Trukikaitis_Postimees, lk 189
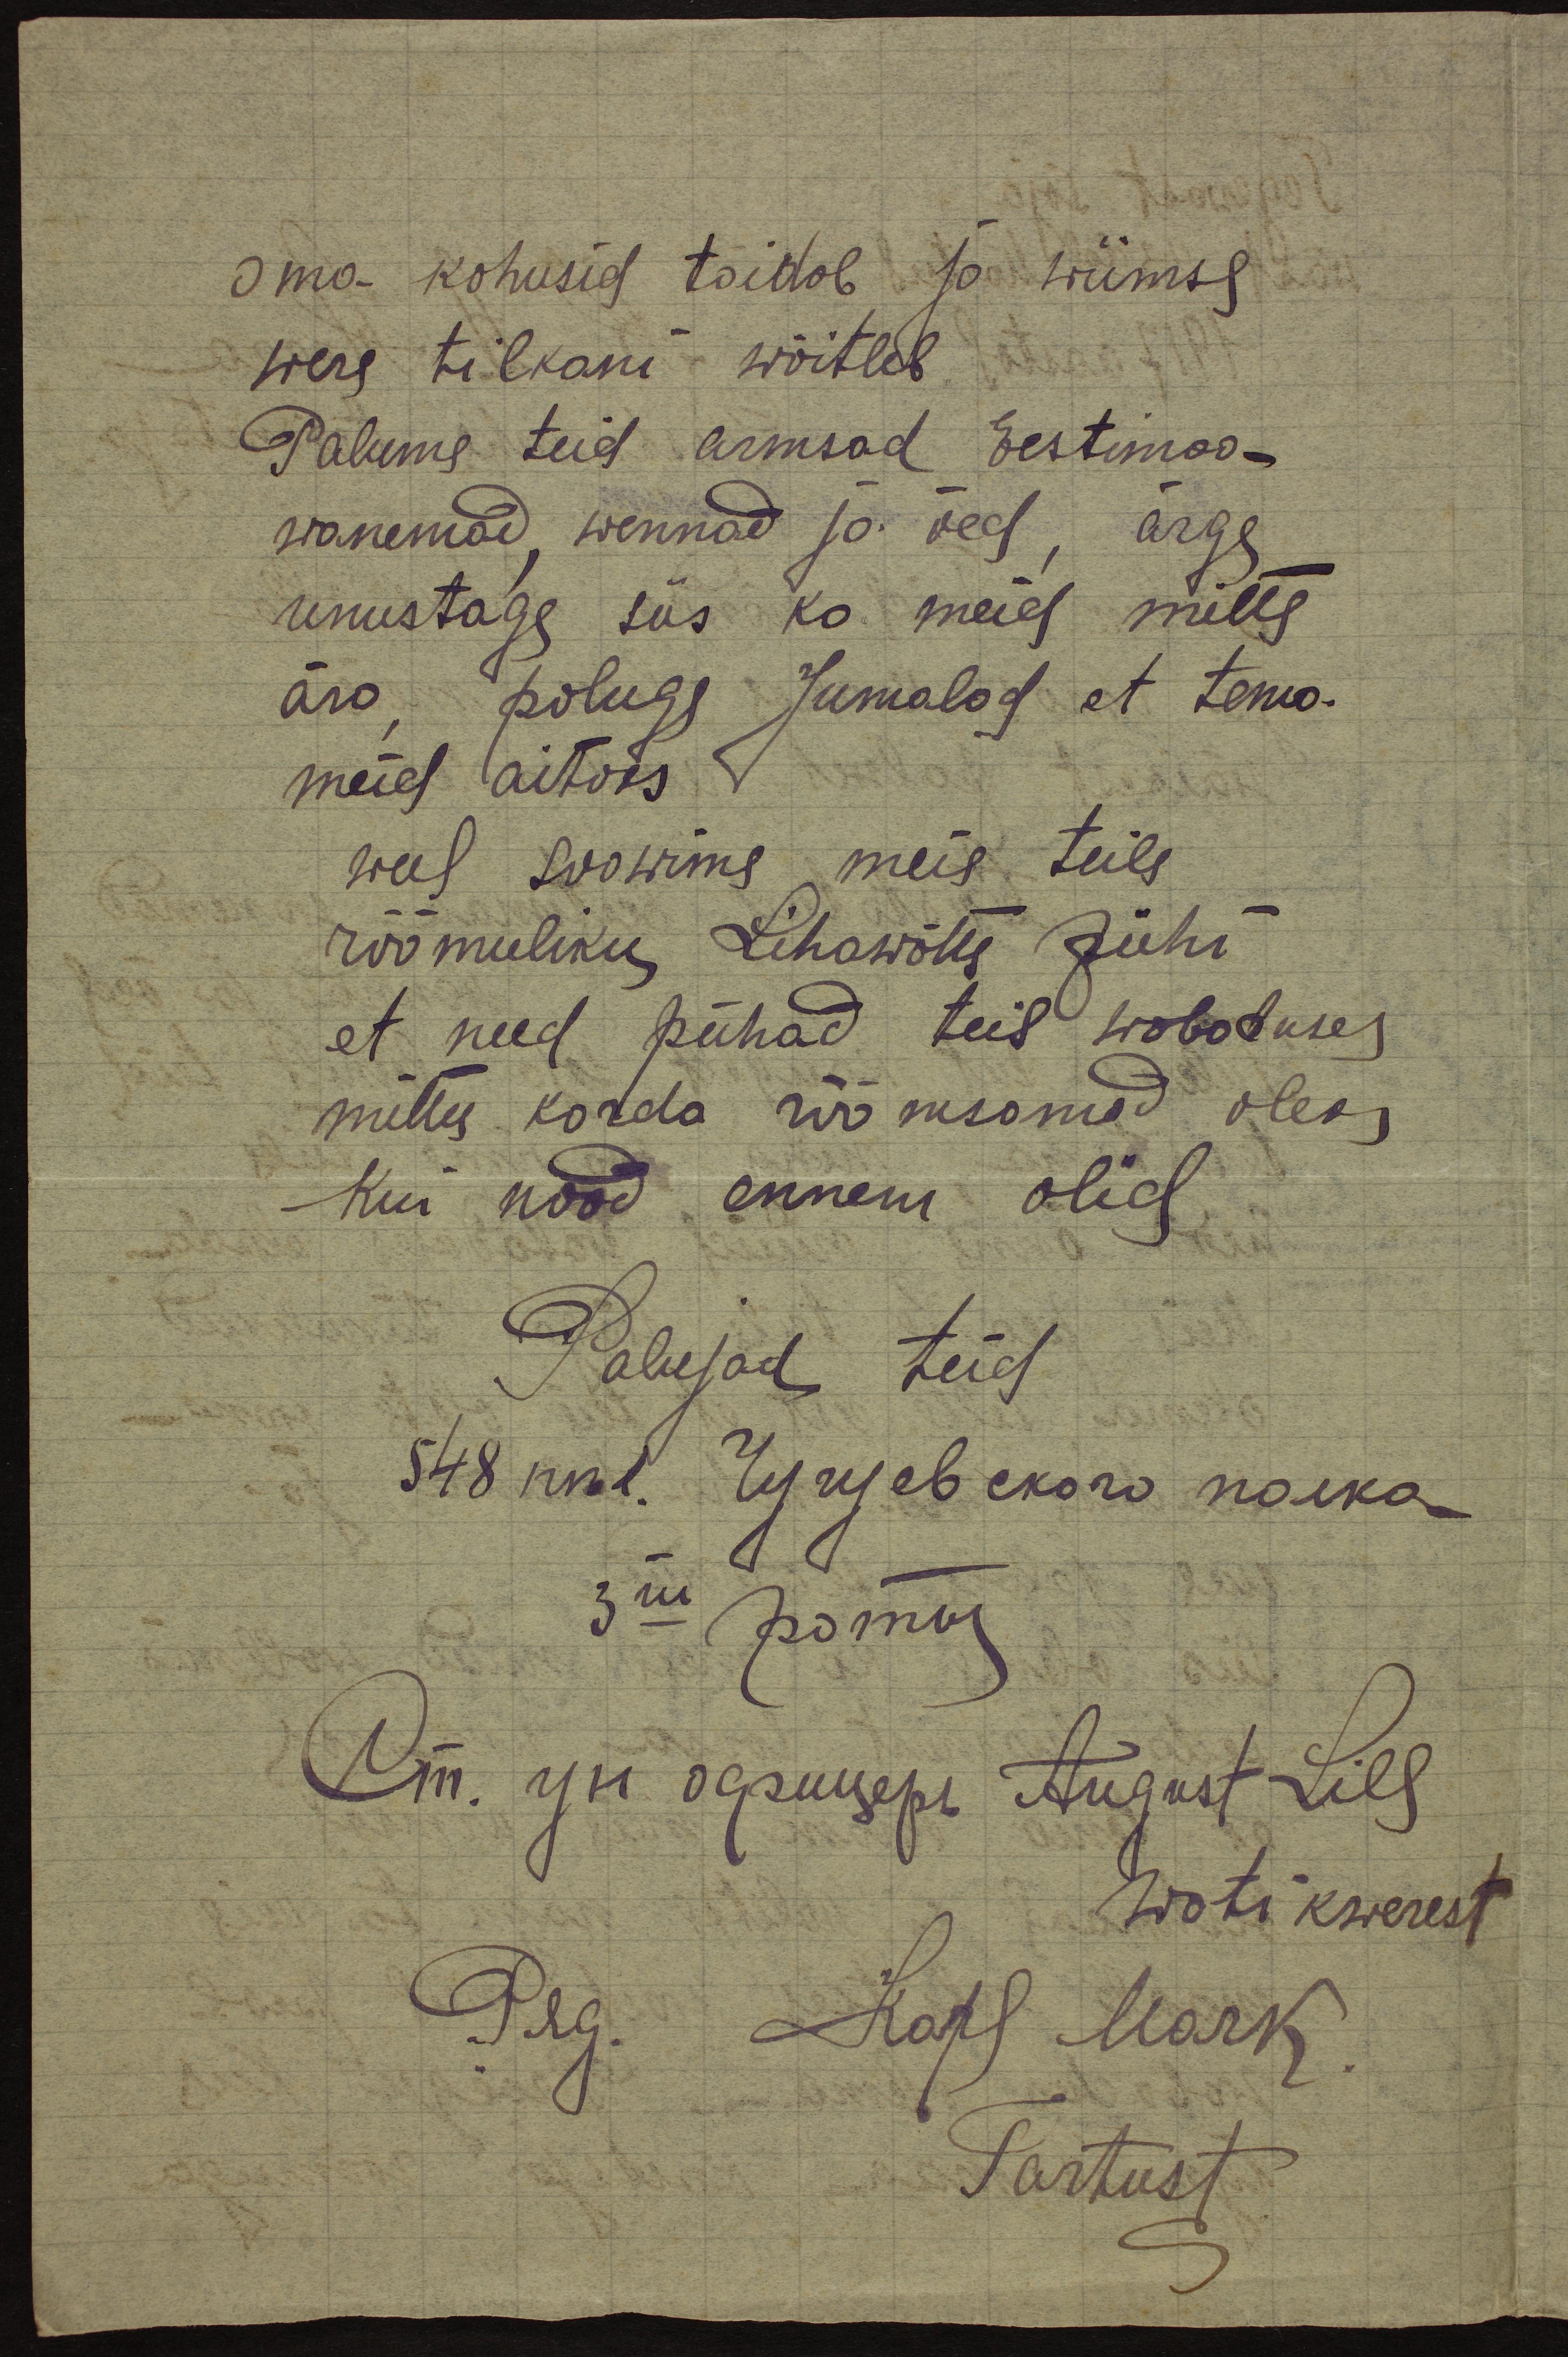
Oma kohusid täidab ja wiimse
were tilkani wõitleb.
Palume teid armsad Eestimaa-
wanemad wennad ja õed, ärge
unustage siis ka meid mitte
ära, paluge Jumalad et tema-
meid aitaks.
weel soowime meie teile.
rõõmuliku Lihawõtte pühi
et need pühad teil wabaduses
mittu korda wõimsamad oleks
kui nood ennem olid
Palujad teid
Sc48nnd. лу вевского noeka
3 ui rodou
Lnw. VII õepusepa August Lill
Wotikwerest
Prg. Karl Mark
Tartust